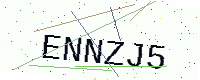
Text: ENNZJ5